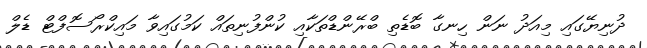
ދުނިޔޭގައި މިއަދު ނަން ހިނގާ ބޮޑެތި ބްރޭންޑްތަކާއި ކުންފުނިތައް ކަމުގައިވާ މައިކްރޯސޮފްޓް ޑެލް